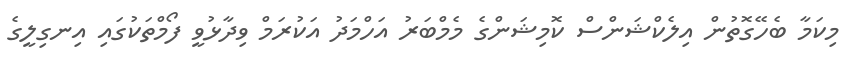
މިކަމާ ބެހޭގޮތުން އިލެކްޝަންސް ކޮމިޝަންގެ މެމްބަރު އަހްމަދު އަކުރަމް ވިދާޅުވީ ފޯމްތަކުގައި އިނގިލީގެ